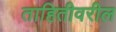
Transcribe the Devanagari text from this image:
ताहितीवरील